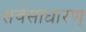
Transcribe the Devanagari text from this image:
सर्वसाधारण्